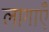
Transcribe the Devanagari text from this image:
लागाएँ